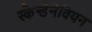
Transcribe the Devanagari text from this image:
स्केन्डेनेवियन